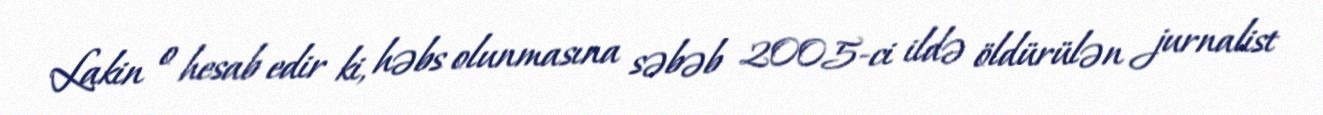
Lakin o hesab edir ki, həbs olunmasına səbəb 2005-ci ildə öldürülən jurnalist